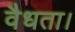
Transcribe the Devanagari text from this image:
वैधता।